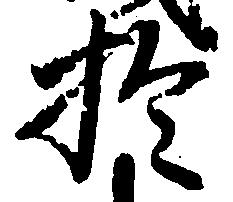
於